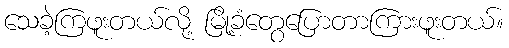
သေခဲ့ကြဖူးတယ်လို့ မြို့ခံတွေပြောတာကြားဖူးတယ်။